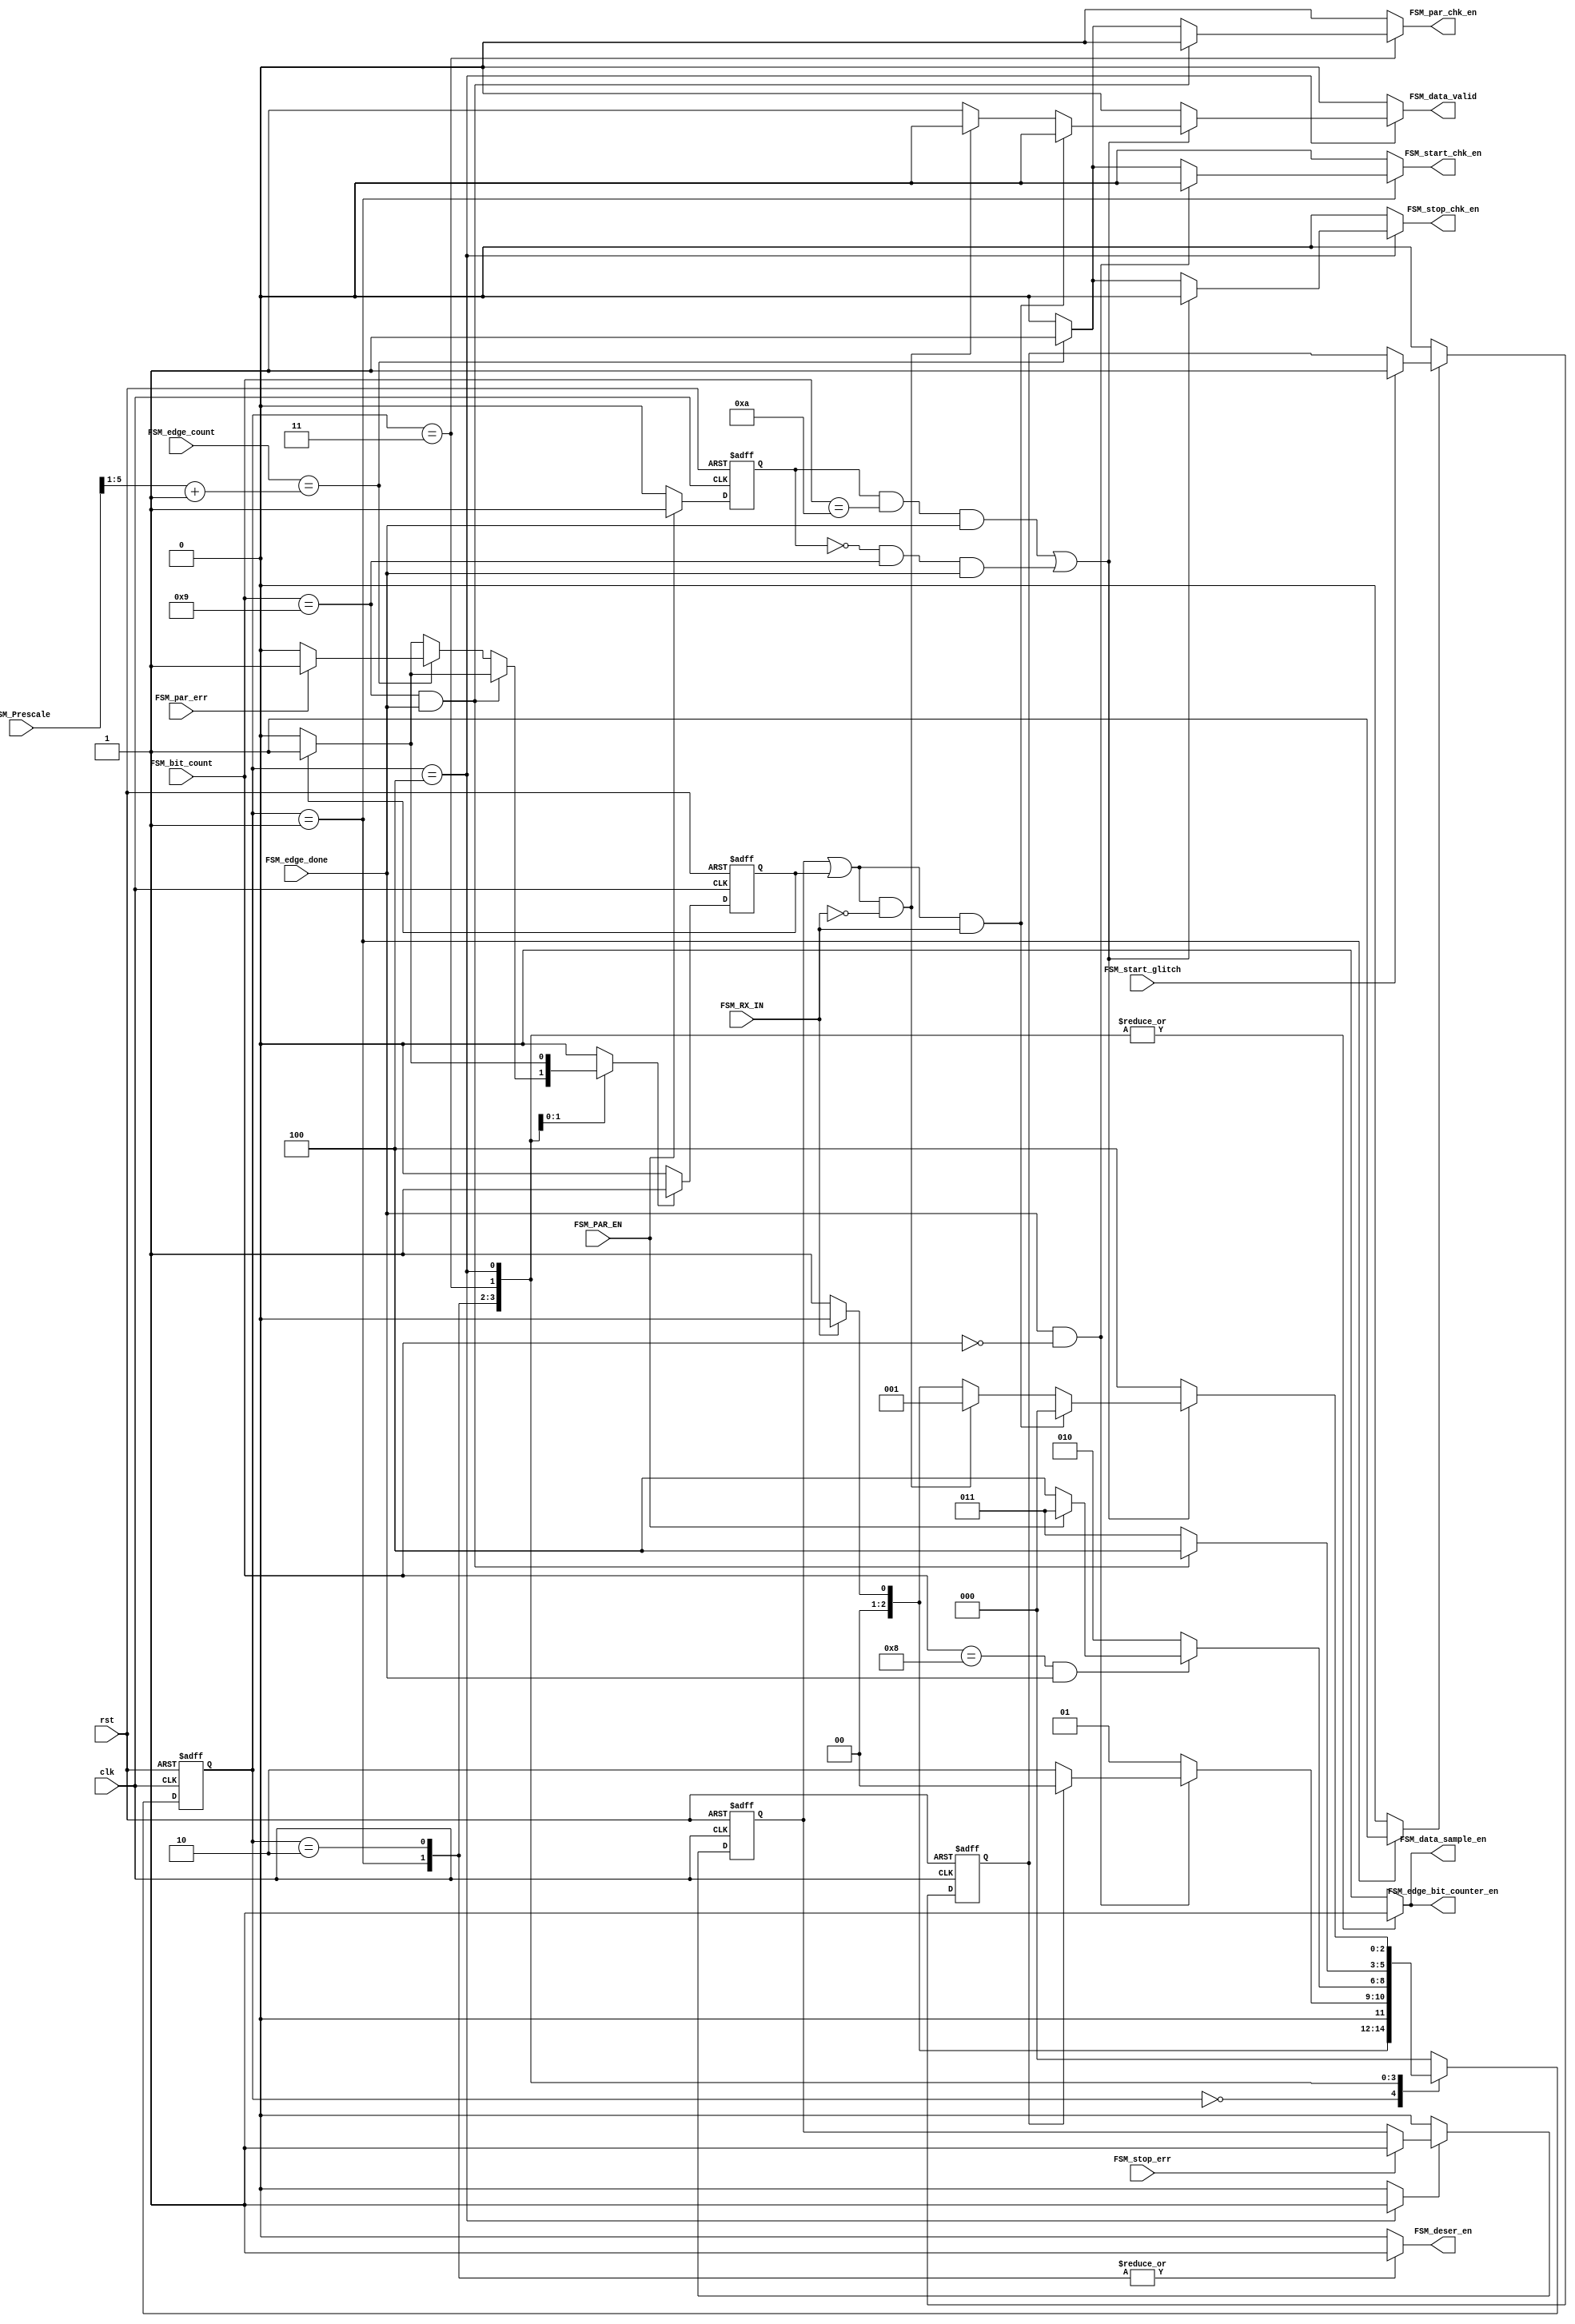
module UART_RX_FSM #(
    parameter DATA_WIDTH_FSM = 8 
) (
    input  wire clk, rst,
    input  wire FSM_RX_IN,
    input  wire FSM_par_err,
    input  wire FSM_start_glitch,
    input  wire FSM_stop_err,
    input  wire [3 : 0] FSM_bit_count,
    input  wire [4 : 0] FSM_edge_count,
    input  wire [5 : 0] FSM_Prescale,
    input  wire FSM_edge_done,
    input  wire FSM_PAR_EN,
    output reg  FSM_par_chk_en,
    output reg  FSM_start_chk_en,
    output reg  FSM_stop_chk_en,
    output reg  FSM_edge_bit_counter_en,
    output reg  FSM_data_sample_en,
    output reg  FSM_deser_en,
    output reg  FSM_data_valid
);

// FSM States
localparam [2 : 0] IDLE   = 3'b000,
                   START  = 3'b001,
                   DATA   = 3'b010,
                   PARITY = 3'b011,
                   STOP   = 3'b100;

// Current state and next state
reg  [2 : 0] current_state, next_state;

reg str_glitch;
reg str_glt_en;

reg stp_err_en;
reg stp_error;

reg Error_En;
reg error;

// To handle if we send 2 frames without gap one with parity and the other without parity
reg par_en;

// Asynchronous reset
always @(posedge clk or negedge rst) begin
    if(!rst) begin
        current_state <= IDLE;
    end
    else begin
        current_state <= next_state;
    end 
end

always @(*) begin
    
    //Initial Values
    FSM_par_chk_en           = 1'b0;
    FSM_start_chk_en         = 1'b0;
    FSM_stop_chk_en          = 1'b0;
    FSM_edge_bit_counter_en  = 1'b0;
    FSM_data_sample_en       = 1'b0;
    FSM_deser_en             = 1'b0;
    FSM_data_valid           = 1'b0;
    stp_err_en               = 1'b0;
    str_glt_en               = 1'b0;

    case (current_state)
        // IDLE State
        IDLE: begin
            FSM_par_chk_en           = 1'b0;
            FSM_start_chk_en         = 1'b0;
            FSM_stop_chk_en          = 1'b0;
            FSM_edge_bit_counter_en  = 1'b0;
            FSM_data_sample_en       = 1'b0;
            FSM_deser_en             = 1'b0;
            Error_En                 = 1'b0;            

            if(!FSM_RX_IN) begin
                next_state = START;
            end
            else begin
                next_state = IDLE;
            end
        end 

        // Start State
        START: begin
           FSM_edge_bit_counter_en  = 1'b1;
           FSM_data_sample_en       = 1'b1;
           FSM_deser_en             = 1'b1;
           Error_En                 = 1'b0; 
           str_glt_en               = 1'b1;

            if(FSM_edge_done && FSM_bit_count == 'b0) begin
                if(str_glitch) begin
                   next_state = IDLE; 
                end
                else begin
                    next_state = DATA;  
                end  
            end

            else if(FSM_edge_count == ((FSM_Prescale >> 1) + 1'b1)) begin
                FSM_start_chk_en = 1'b1;
                next_state = START;
                 
            end
            else begin
                next_state = START; 
            end
        end

        // Data State
        DATA: begin
            FSM_edge_bit_counter_en  = 1'b1;
            FSM_data_sample_en       = 1'b1;
            FSM_deser_en             = 1'b1;
            Error_En                 = 1'b0; 

            if(FSM_bit_count == 'b1000 && FSM_edge_done) begin
                if(FSM_PAR_EN) begin
                    next_state = PARITY;
                end
                else begin
                    next_state = STOP;
                end
            end
            else begin
                next_state = DATA;
            end
        end

        // Parity State
        PARITY: begin
            FSM_edge_bit_counter_en  = 1'b1;
            FSM_data_sample_en       = 1'b1;

            if(error) begin
                Error_En = 1'b1;
            end
            else begin
                Error_En = 1'b0;
            end  

            if(FSM_bit_count == 'b1001 && FSM_edge_done) begin
                next_state = STOP;  
            end

            else if(FSM_edge_count == ((FSM_Prescale >> 1) + 1'b1)) begin
                FSM_par_chk_en           = 1'b1;
                if(FSM_par_err) begin
                    Error_En = 1'b1;
                end else begin
                    Error_En = 1'b0;
                end
                next_state = PARITY;
                 
            end
            else begin
                next_state = PARITY; 
            end

        end

        // Stop State
        STOP: begin
            FSM_edge_bit_counter_en  = 1'b1;
            FSM_data_sample_en       = 1'b1;
            stp_err_en               = 1'b1;

            if(error) begin
                Error_En = 1'b1;
            end
            else begin
                Error_En = 1'b0;
            end

            if((par_en && FSM_bit_count == 'b1010 && FSM_edge_done) || (!par_en && FSM_bit_count == 'b1001 && FSM_edge_done)) begin
                // To handle sending 2 frames without GAP
                if(((stp_error || error) && FSM_RX_IN )) begin
                   next_state = IDLE; 
                end
                else if(((stp_error || error) && !FSM_RX_IN )) begin
                    next_state = START;
                end
                else begin
                    FSM_data_valid = 1'b1;
                    // To handle sending 2 frames without GAP
                    if(!FSM_RX_IN) begin         
                        next_state = START;
                    end
                    else begin
                        next_state = IDLE;
                    end   
                end  
            end

            else if(FSM_edge_count == ((FSM_Prescale >> 1) + 1'b1)) begin
                FSM_stop_chk_en = 1'b1;
                next_state      = STOP;
                 
            end
            else begin
                next_state = STOP; 
            end
        end

        // Default State
        default: begin
            next_state = IDLE;
            Error_En   = 1'b0;
        end 
    endcase
end

// To handle case of parity error and stop error together
always @(negedge clk or negedge rst) begin
    if (!rst) begin
        error <= 1'b0;
    end
    else if(Error_En) begin
        error <= 1'b1;
    end
    else begin
        error <= 1'b0;
    end
end

// Check on start Glitch
always @(posedge clk or negedge rst) begin
    if(!rst) begin
        str_glitch <= 1'b0;
    end
    else if(str_glt_en) begin
        if(FSM_start_glitch) begin
           str_glitch <= 1'b1; 
        end
    end
    else begin
        str_glitch <= 1'b0;
    end
end

// To handle if we send 2 frames without gap one with parity and the other without parity
always @(posedge clk or negedge rst) begin
    if(!rst) begin
       par_en <= 1'b0; 
    end
    else if(FSM_PAR_EN) begin
        par_en <= 1'b1;
        end
    else begin
        par_en <= 1'b0;
    end  
end

// Check on stop Error
always @(posedge clk or negedge rst) begin
    if(!rst) begin
        stp_error <= 1'b0;
    end
    else if(stp_err_en) begin
        if(FSM_stop_err) begin
           stp_error <= 1'b1; 
        end
    end
    else begin
        stp_error <= 1'b0;
    end
end

    
endmodule